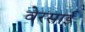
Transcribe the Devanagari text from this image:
वेरसाई